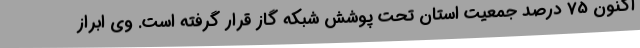
اکنون 75 درصد جمعیت استان تحت پوشش شبکه گاز قرار گرفته است. وی ابراز